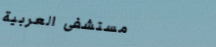
مستشفى العربية